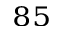
^ { 8 5 }